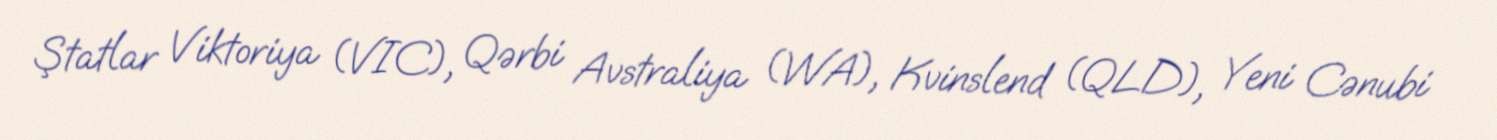
Ştatlar Viktoriya (VIC), Qərbi Avstraliya (WA), Kvinslend (QLD), Yeni Cənubi